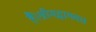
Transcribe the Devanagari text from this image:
हैं।श्रीमद्भागवत